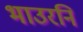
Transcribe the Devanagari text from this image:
भाउरनि